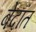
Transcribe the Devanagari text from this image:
बेदांत